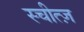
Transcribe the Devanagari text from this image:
स्चीत्ज़